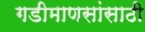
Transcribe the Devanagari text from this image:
गडीमाणसांसाठी